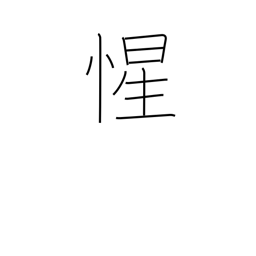
Meaning: realize